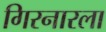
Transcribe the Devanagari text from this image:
गिरनारला